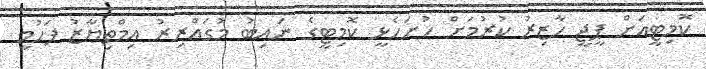
ކޮމިޓީއަށް ޕީޖީ ހާޒިރު ކުރުމަށް ހުށަހެޅީ ކޮމިޓީގެ ނައިބު މުގައްރިރު އިމްތިޔާޒު ފަހުމީ